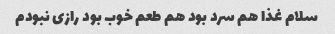
سلام غذا هم سرد بود هم طعم خوب بود رازی نبودم